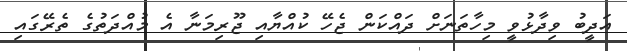
އަދީބު ވިދާޅުވީ މިހާތަނަށް ދައްކަން ޖެހޭ ކުއްޔާއި ޖޫރިމަނާ އެ މުއްދަތުގެ ތެރޭގައި